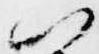
以